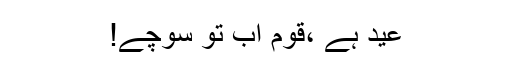
عید ہے ،قوم اب تو سوچے!